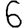
Digit: 6